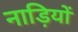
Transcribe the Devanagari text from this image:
नाड़ियों